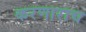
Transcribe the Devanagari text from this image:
करणाराच